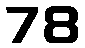
78